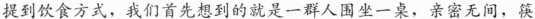
提到饮食方式，我们首先想到的就是一群人围坐一桌，亲密无间，筷